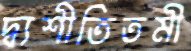
দ্ব্যশীতিতমী